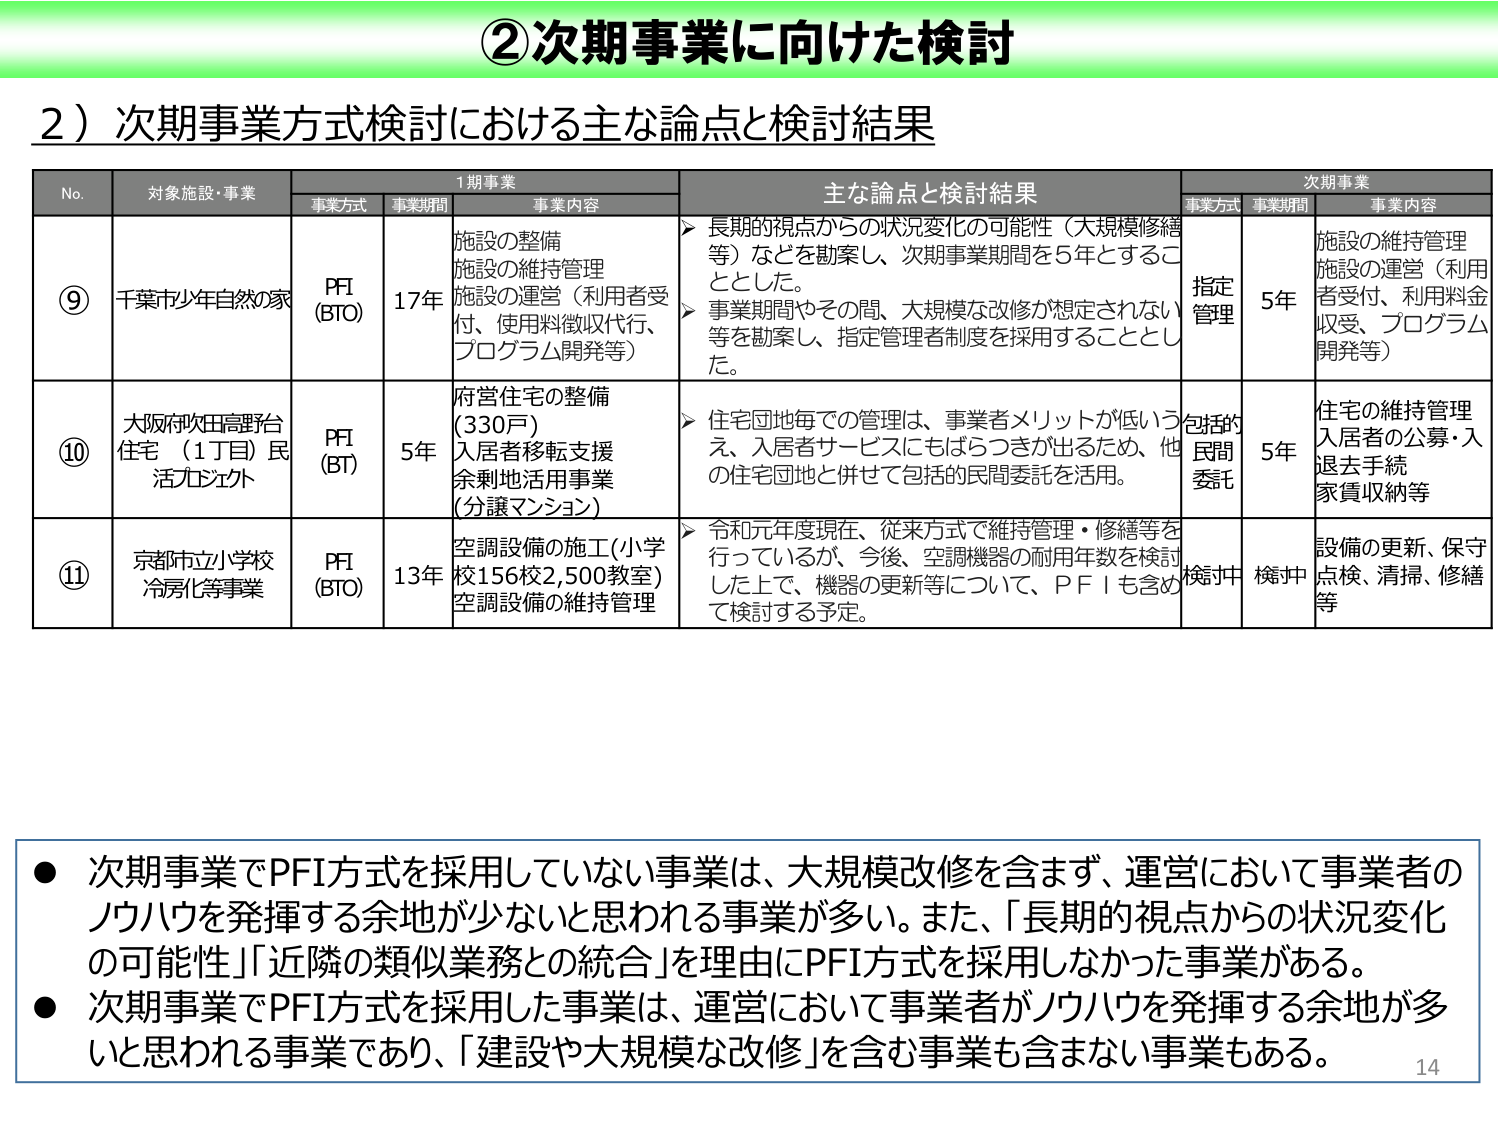
②次期事業に向けた検討

2）次期事業方式検討における主な論点と検討結果

No. 対象施設・事業 1期事業 主な論点と検討結果 次期事業
事業方式 事業期間 事業内容 事業方式 事業期間 事業内容

⑨ 千葉市少年自然の家 PFI (BTO) 17年 施設の整備 施設の維持管理 施設の運営（利用者受付、使用料徴収代行、プログラム開発等） ▶ 長期的視点からの状況変化の可能性（大規模修繕等）などを勘案し、次期事業期間を5年とすることとした。 ▶ 事業期間やその間、大規模な改修が想定されない等を勘案し、指定管理者制度を採用することとした。 指定管理 5年 施設の維持管理 施設の運営（利用者受付、利用料金収受、プログラム開発等）

⑩ 大阪府吹田高野台住宅（1丁目）民活プロジェクト PFI (BT) 5年 府営住宅の整備（330戸） 入居者移転支援 余剰地活用事業（分譲マンション） ▶ 住宅団地毎での管理は、事業者メリットが低いと考え、入居者サービスにもばらつきが出るため、他の住宅団地と併せて包括的民間委託を活用。 包括的民間委託 5年 住宅の維持管理 入居者の公募・入退去手続 家賃収納等

⑪ 京都市立小学校冷房化等事業 PFI (BTO) 13年 空調設備の施工（小学校156校2,500教室） 空調設備の維持管理 ▶ 令和元年度現在、従来方式で維持管理・修繕等を行っているが、今後、空調機器の耐用年数を検討した上で、機器の更新等について、PFIも含めて検討する予定。 検討中 検討中 設備の更新、保守点検、清掃、修繕等

● 次期事業でPFI方式を採用していない事業は、大規模改修を含まず、運営において事業者のノウハウを発揮する余地が少ないと思われる事業が多い。また、「長期的視点からの状況変化の可能性」「近隣の類似業務との統合」を理由にPFI方式を採用しなかった事業がある。
● 次期事業でPFI方式を採用した事業は、運営において事業者がノウハウを発揮する余地が多いと思われる事業であり、「建設や大規模な改修」を含む事業も含まない事業もある。

14